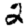
Digit: 2